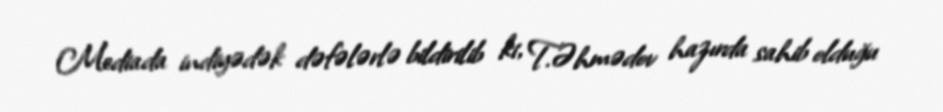
Mediada indiyədək dəfələrlə bildirilib ki, T.Əhmədov hazırda sahib olduğu